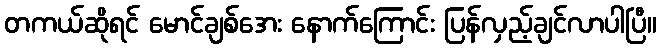
တကယ်ဆိုရင် မောင်ချစ်အေး နောက်ကြောင်း ပြန်လှည့်ချင်လာပါပြီ။